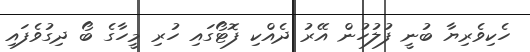
ހެކިވެރިޔާ ބުނީ ފުލުހުން އޭރު ދެއްކި ފޮޓޯގައި ހުރި މީހާގެ ބޯ ދިގުވެފައި